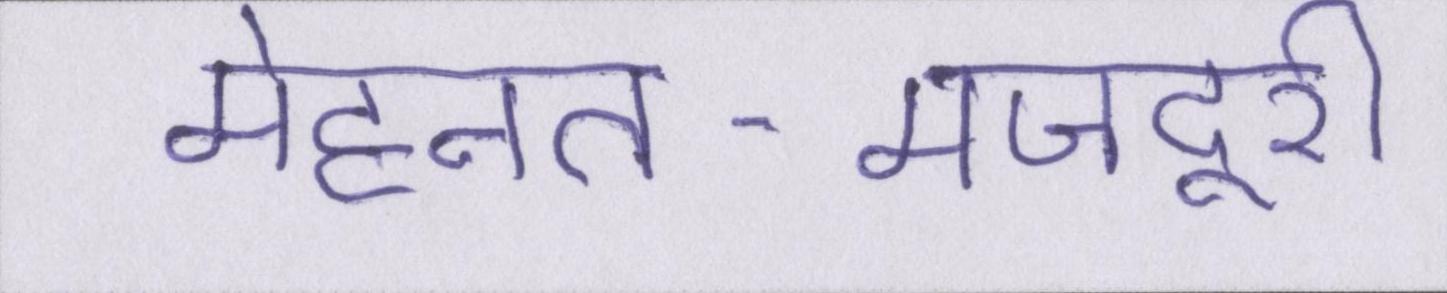
मेहनत-मजदूरी